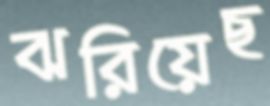
ঝরিয়েছ